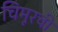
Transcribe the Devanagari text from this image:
चिमूरची